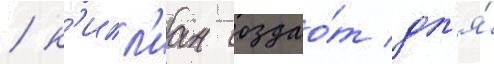
/ к'илл'иан создао́т дл'я́